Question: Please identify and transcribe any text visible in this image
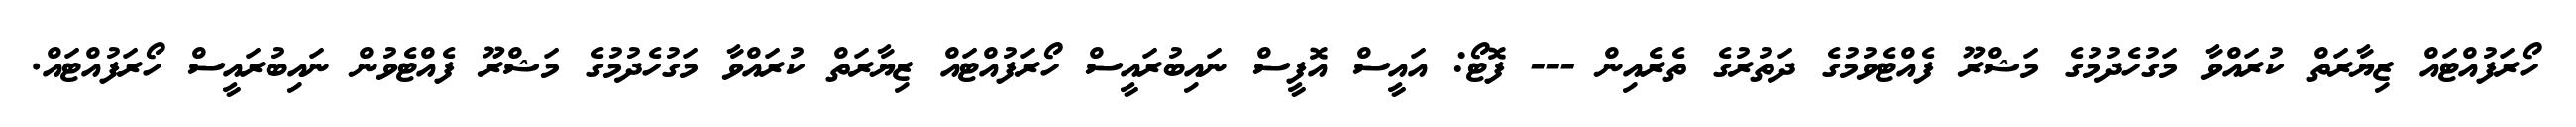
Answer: ހޯރަފުއްޓައް ޒިޔާރަތް ކުރައްވާ މަގުހެދުމުގެ މަޝްރޫ ފެއްޓެވުމުގެ ދަތުރުގެ ތެރެއިން --- ފޮޓޯ: އައީސް އޮފީސް ނައިބުރައީސް ހޯރަފުއްޓައް ޒިޔާރަތް ކުރައްވާ މަގުހެދުމުގެ މަޝްރޫ ފެއްޓެވުން ނައިބުރައީސް ހޯރަފުއްޓައް.